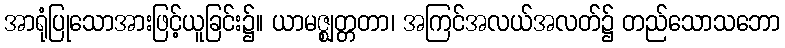
အာရုံပြုသောအားဖြင့်ယူခြင်း၌။ ယာမဇ္ဈတ္တတာ၊ အကြင်အလယ်အလတ်၌ တည်သောသဘော